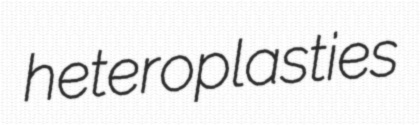
heteroplasties